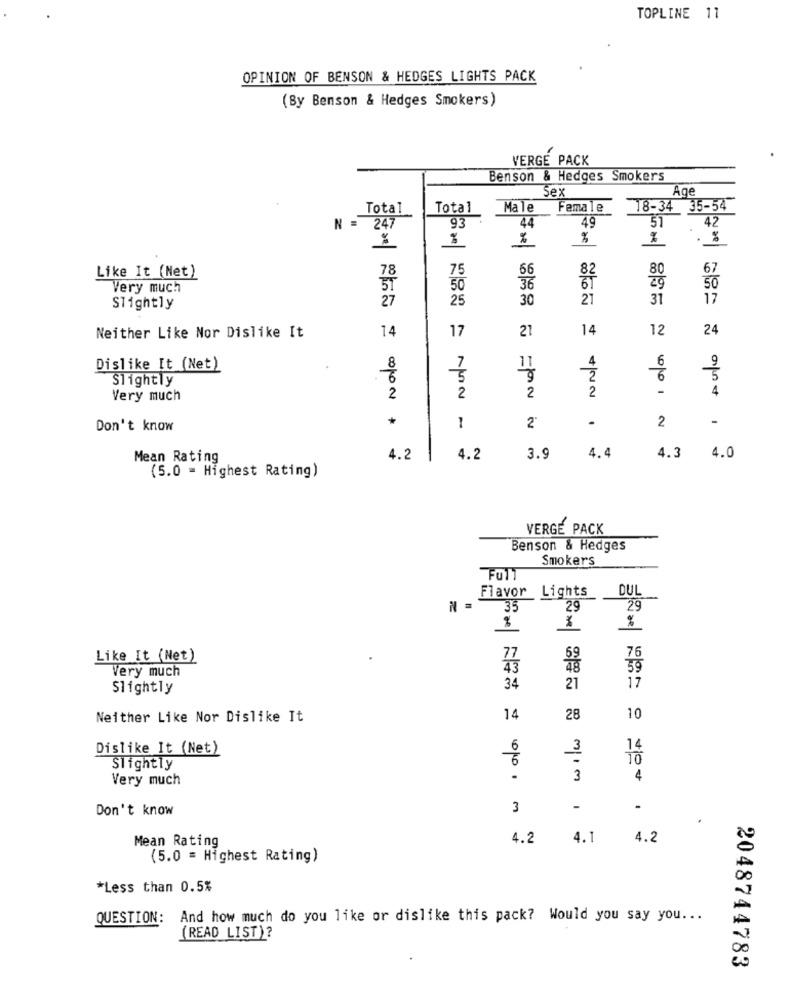
TOPLINE 11
OPINION OF BENSON & HEDGES LIGHTS PACK
(By Benson & Hedges Smokers)
VERGE PACK
Benson & Hedges Smokers
Sex
Age
Total
Total
Male
Female
18-34 35-54
N =
247
49
51
93
44
42
%
.
78
75
66
82
80
67
Like It (Net)
29
Very much
50
36
50
27
25
30
21
31
17
Slightly
14
17
21
14
12
24
Neither Like Nor Dislike It
9
Dislike It (Net)
8
7
11
4
6
Slightly
.6
5
2
5
2
-
4
Very much
2
2
2
-
Don't know
1
2'
2
Mean Rating
4.2
4.2
3.9
4.4
4.3
4.0
(5.0 = Highest Rating)
VERGE PACK
Benson & Hedges
Smokers
Full
Flavor Lights
DUL
N =
35
29
29
%
Like It (Net)
77
76
Very much
43
39
Slightly
34
21
17
Neither Like Nor Dislike It
14
28
10
Dislike It (Net)
6
3
14
TO
Slightly
Very much
.
3
4
Don't know
3
-
.
.
Mean Rating
4.2
4.1
4.2
(5.0 = Highest Rating)
*Less than 0.5%
QUESTION: And how much do you like or dislike this pack? Would you say you ...
(READ LIST)?
2048744783